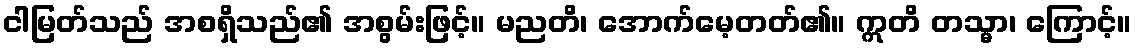
ငါမြတ်သည် အစရှိသည်၏ အစွမ်းဖြင့်။ မညတိ၊ အောက်မေ့တတ်၏။ ဣတိ တသ္မာ၊ ကြောင့်။